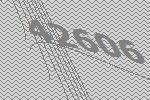
42606